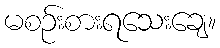
မစဉ်းစားရသေးချေ။